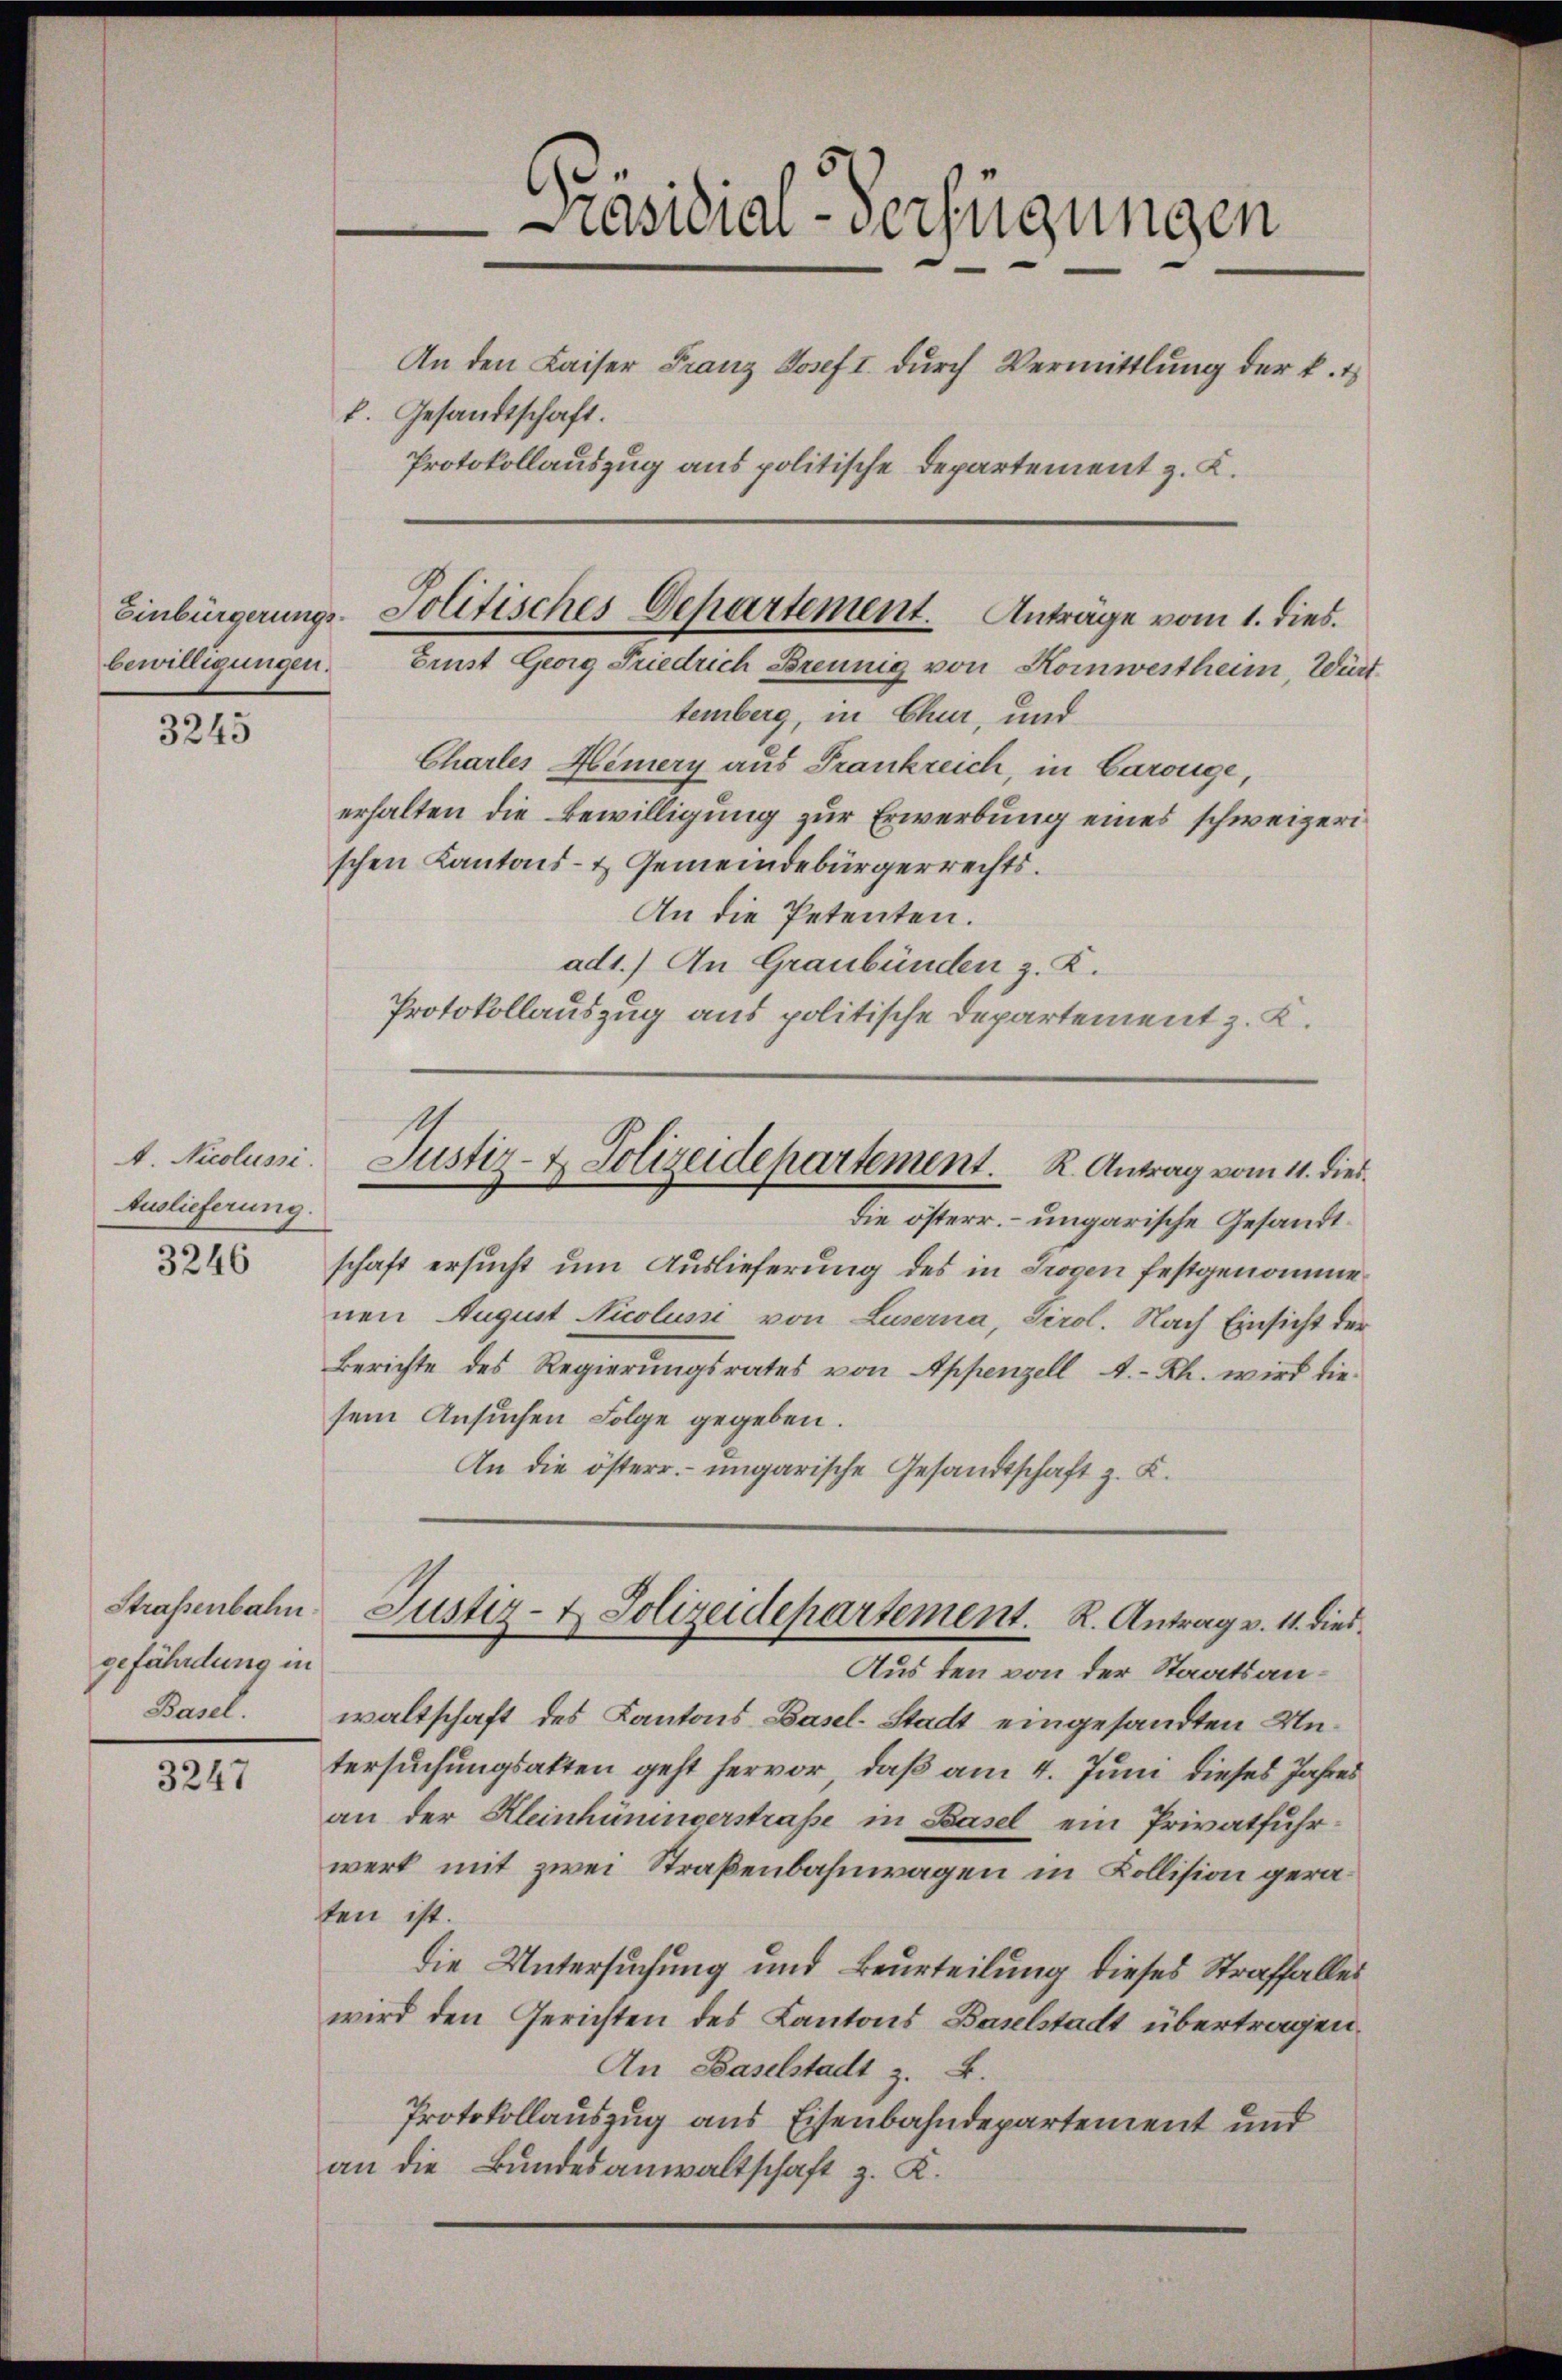
bewilligungen.

3245

Auslieferung.

3246

gefährdung in
Basel.

3247

Präsidial-Verfügungen
An den Kaiser Franz Josef I. durch Vermittlung der k. t
f. Gesandtschaft.
Protokollauszug aus politische Departement z. K.

temberg, in Chur, und
Chartes Hemery aus Frankreich, in Carouge,
erhalten die Bewilligung zur Erwerbung eines schweizerischen Kantons- & Gemeindebürgerrechts.
An die Petenten.
ad1.) An Graubünden z. K.
Protokollauszug aus politische Departement z. K.

Einbürgerungs-Politisches Departement. Anträge vom 1. dies
Bist Georg Friedrich Brennig von Kornwestheim, Würt¬

t. Nicolusi Justiz- & Polizeidepartement. R. Antrag vom 11. dies

die österr. ungarische Gesandtschaft ersucht um Auslieferung des in Trogen festgenommenen August Nicolusi von Luzerna, Tirol. Nach Einsicht der
Berichte des Regierungsrates von Appenzell A.-Rh. wird die
sem Ansuchen Folge gegeben.
An die österr. ungarische Gesandtschaft z. K.
Aus den von der Staatsanwaltschaft des Kantons Basel-Stadt eingesandten Untersuchungsakten geht hervor, daß am 4. Juni dieses Jahres
an der Kleinhüninverstraße in Basel ein Privatfuhrwert mit zwei Straßenbahnwagen in Kollision geraten ist.
die Untersuchung und Beurteilung dieses Straffalles
wird den Gerichten des Kantons Baselstadt übertragen.
An Baselstadt z. B.
Protokollauszug aus Eisenbahndepartement und
an die Bundesanwaltschaft z. K.

Straßenbahn, Justiz- & Polizeidepartement. R. Antrag v. 11. dies